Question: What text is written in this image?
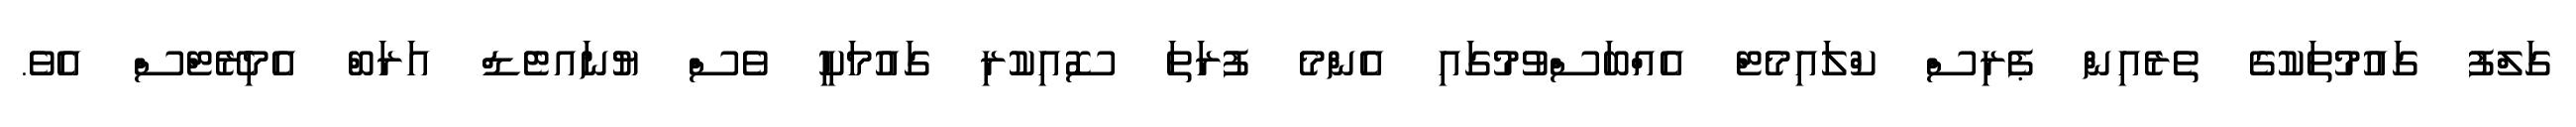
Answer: ގަލްފު ގައުމުތަކުގެ ތެރެއިން ޕެރިސް ކްލައިމެޓް އެއްބަސްވުމުގައި އެންމެ ފުރަތަ ސޮއިކުރި ގައުމަކީ ވެސް ޔުނައޓެޑް އަރަބް އެމިރޭޓްސް އެވެ.